Indian journal of veterinary science and animal husbandry - Volume 2,
Year: 1932
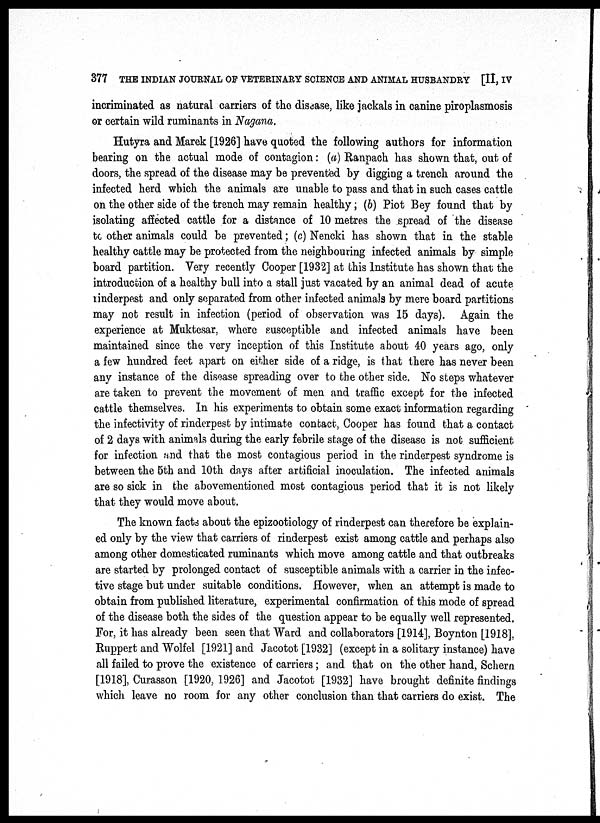
377 THE INDIAN JOURNAL OF VETERINARY SCIENCE AND ANIMAL HUSBANDRY [II, IV
incriminated as natural carriers of the disease, like jackals in canine piroplasmosis
or certain wild ruminants in Nagana.
Hutyra and Marek [1926] have quoted the following authors for information
bearing on the actual mode of contagion: (a) Ranpach has shown that, out of
doors, the spread of the disease may be prevented by digging a trench around the
infected herd which the animals are unable to pass and that in such cases cattle
on the other side of the trench may remain healthy; (b) Piot Bey found that by
isolating affected cattle for a distance of 10 metres the spread of the disease
to other animals could be prevented; (c) Nencki has shown that in the stable
healthy cattle may be protected from the neighbouring infected animals by simple
board partition. Very recently Cooper [1932] at this Institute has shown that the
introduction of a healthy bull into a stall just vacated by an animal dead of acute
rinderpest and only separated from other infected animals by mere board partitions
may not result in infection (period of observation was 15 days). Again the
experience at Muktesar, where susceptible and infected animals have been
maintained since the very inception of this Institute about 40 years ago, only
a few hundred feet apart on either side of a ridge, is that there has never been
any instance of the disease spreading over to the other side. No steps whatever
are taken to prevent the movement of men and traffic except for the infected
cattle themselves. In his experiments to obtain some exact information regarding
the infectivity of rinderpest by intimate contact, Cooper has found that a contact
of 2 days with animals during the early febrile stage of the disease is not sufficient
for infection and that the most contagious period in the rinderpest syndrome is
between the 5th and 10th days after artificial inoculation. The infected animals
are so sick in the abovementioned most contagious period that it is not likely
that they would move about.
The known facts about the epizootiology of rinderpest can therefore be explain-
ed only by the view that carriers of rinderpest exist among cattle and perhaps also
among other domesticated ruminants which move among cattle and that outbreaks
are started by prolonged contact of susceptible animals with a carrier in the infec-
tive stage but under suitable conditions. However, when an attempt is made to
obtain from published literature, experimental confirmation of this mode of spread
of the disease both the sides of the question appear to be equally well represented.
For, it has already been seen that Ward and collaborators [1914], Boynton [1918],
Ruppert and Wolfel [1921] and Jacotot [1932] (except in a solitary instance) have
all failed to prove the existence of carriers; and that on the other hand, Schern
[1918], Curasson [1920, 1926] and Jacotot [1932] have brought definite findings
which leave no room for any other conclusion than that carriers do exist. The